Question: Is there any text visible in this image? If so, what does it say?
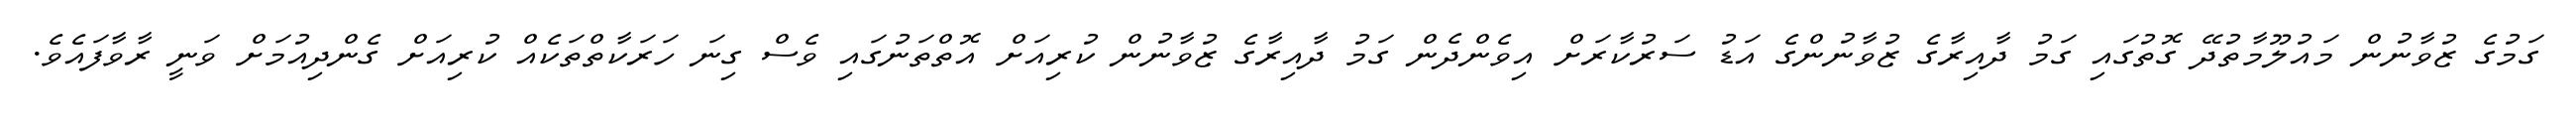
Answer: ގަމުގެ ޒުވާނުން މައުލޫމާތުދޭ ގޮތުގައި ގަމު ދާއިރާގެ ޒުވާނުންގެ އަޑު ސަރުކާރަށް އިވެންދެން ގަމު ދާއިރާގެ ޒުވާނުން ކުރިއަށް އޮތްތަނުގައި ވެސް ގިނަ ހަރަކާތްތަކެއް ކުރިއަށް ގެންދިއުމަށް ވަނީ ރާވާފައެވެ.